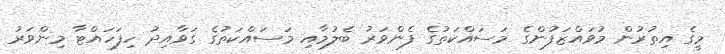
މީގެ އިތުރުން މުވައްޒަފުންގެ މަސައްކަތުގެ ފެންވަރު ބެލުމާއި މަސައްކަތުގެ ގަވާއިދު ހިފަހައްޓާ މިންވަރު